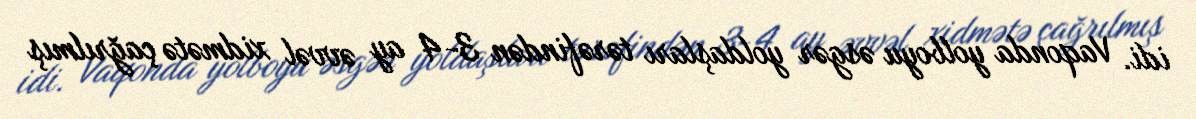
idi. Vaqonda yolboyu əsgər yoldaşları tərəfindən 3-4 ay əvvəl xidmətə çağrılmış